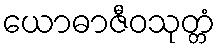
ယောဓာဇီဝသုတ္တံ